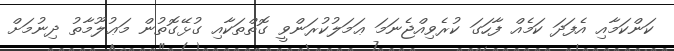
ކަންކަމާއި އެފަދަ ކަމެއް ފާހަގަ ކުރެވިއްޖެނަމަ ޢަމަލުކުރަންވީ ގޮތްތަކާއި ގުޅޭގޮތުން މަޢުލޫމާތު ދިނުމަށް